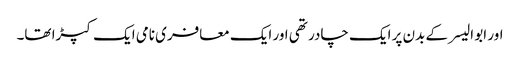
اور ابو الیسر کے بدن پر ایک چادر تھی اور ایک معافری نامی ایک کپڑا تھا۔